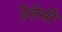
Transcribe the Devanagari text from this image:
हेलेसी